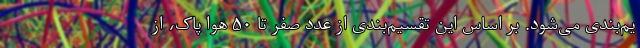
یم‌بندی می‌شود. بر اساس این تقسیم‌بندی از عدد صفر تا ۵۰ هوا پاک، از